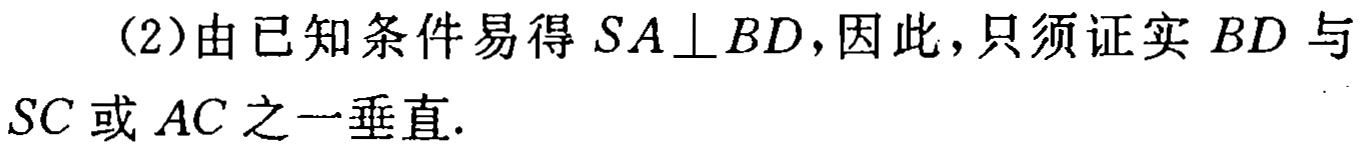
（2）由已知条件易得 \(SA\perp BD\)，因此，只须证实 \(BD\) 与 \(SC\) 或 \(AC\) 之一垂直.